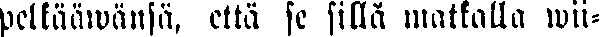
pelkääwänsä, että se sillä matkalla wii-